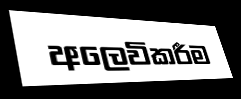
අලෙවිකරීම